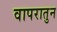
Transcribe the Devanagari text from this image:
वापरातुन